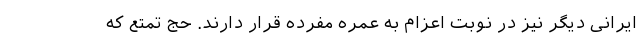
ایرانی دیگر نیز در نوبت اعزام به عمره مفرده قرار دارند. حج تمتع که